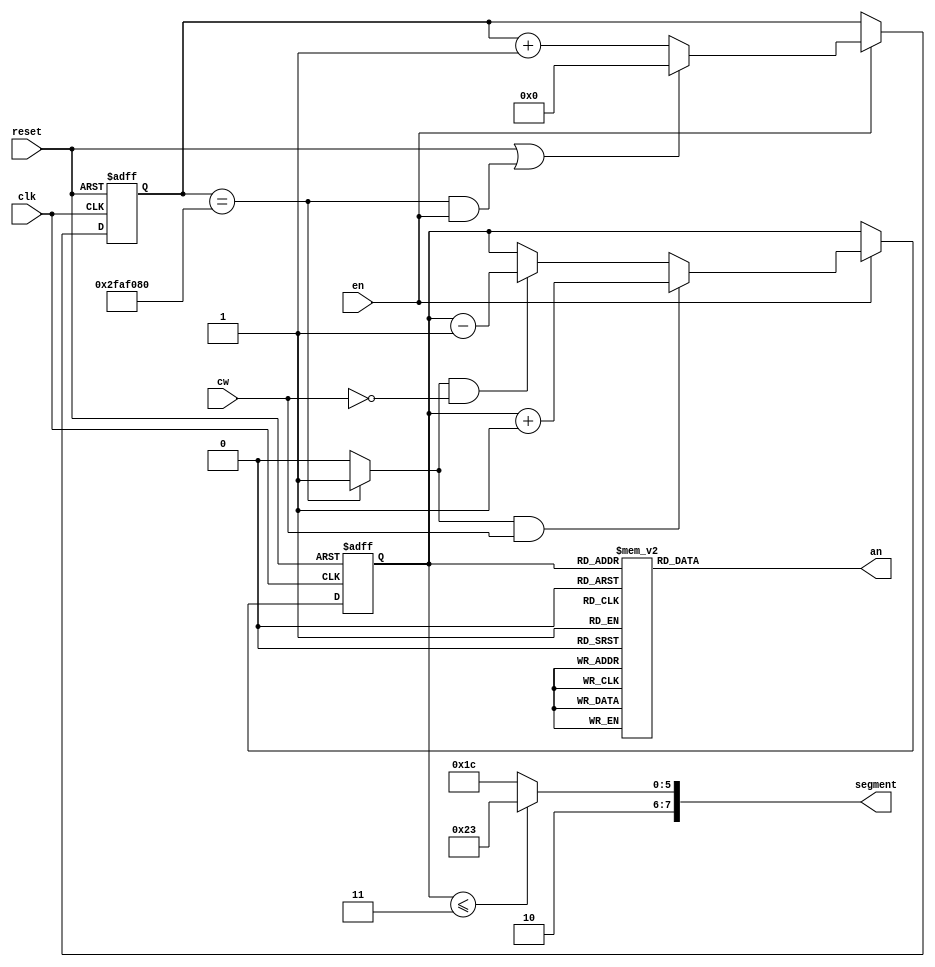
module rotating_square(
    input clk, 
    input reset,
    input en,
    input cw,                //clockwise rotation if 1, counterclockwise rotation if 0
    output reg [3:0] an,
    output reg [7:0] segment
    );
    
    parameter DVSR = 50000000; //Mod-M counter for 0.5 second tick with 100MHZ clock
    
    //counter for clock frequency
    reg [31:0] ms_reg;         
    wire [31:0] ms_next;
    
    wire ms_tick;
    
    //counter for 8 rotating square states
    reg [2:0] count_reg;
    wire [2:0] count_next;
                
    always @(posedge clk, posedge reset)
        if(reset)
            begin
                ms_reg <= 0;
                count_reg <= 0;
            end
        else if (en)
            begin
                ms_reg <= ms_next;
                count_reg <= count_next;
            end
    
    //next-state logic
    
    assign ms_next = (reset || (ms_reg == DVSR && en)) ? 0 :
                     (en) ?   ms_reg + 1 :
                              ms_reg;
    //asserts ms_tick if DVSR at max for counter                      
    assign ms_tick = (ms_reg == DVSR) ? 1'b1 : 1'b0;
    
    //if clock tick and clock wise, increment. if clock tick and counter clockwise, decrement. otherwise, keep count same
    assign count_next = (ms_tick && cw)  ? count_reg + 1 : 
                        (ms_tick && ~cw) ? count_reg - 1 :
                                           count_reg;
        
    //output logic
    //an output
    always @*
        begin
            case(count_reg)
                3'b000: an = 4'b0111;
                3'b001: an = 4'b1011;
                3'b010: an = 4'b1101;
                3'b011: an = 4'b1110;
                3'b100: an = 4'b1110;
                3'b101: an = 4'b1101;
                3'b110: an = 4'b1011;
                3'b111: an = 4'b0111;
            endcase
        end
    
    //segment output
    always @*
        begin
            segment[7] = 1'b1; //DP never on for square seg display

            if(count_reg <= 3'b011) //7'b G,F,E,D,C,B,A
                segment[6:0] = 7'b0100011; //displays square in lower half
            else
                segment[6:0] = 7'b0011100; //displays square in upper half 
        end
    
            
endmodule